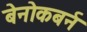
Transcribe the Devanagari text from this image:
बेनोकबर्न